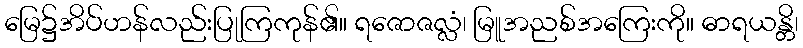
မြေ၌အိပ်ဟန်လည်းပြုကြကုန်၏။ ရဇောဇလ္လံ၊ မြူအညစ်အကြေးကို။ ဓာရယန္တိ၊